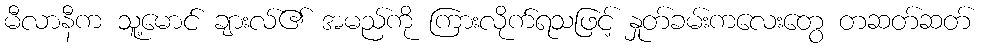
မီလာနီက သူ့မောင် ချားလ်၏ အမည်ကို ကြားလိုက်ရသဖြင့် နှုတ်ခမ်းကလေးတွေ တဆတ်ဆတ်